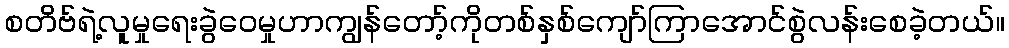
စတိဗ်ရဲ့လူမှုရေးခွဲဝေမှုဟာကျွန်တော့်ကိုတစ်နှစ်ကျော်ကြာအောင်စွဲလန်းစေခဲ့တယ်။